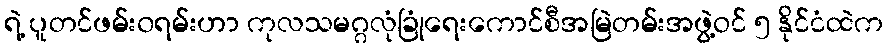
ရဲ့ ပူတင်ဖမ်း၀ရမ်းဟာ ကုလသမဂ္ဂလုံခြုံရေးကောင်စီအမြဲတမ်းအဖွဲ့ဝင် ၅ နိုင်ငံထဲက